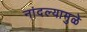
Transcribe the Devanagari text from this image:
नांदल्यामुळे